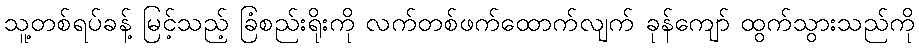
သူ့တစ်ရပ်ခန့် မြင့်သည့် ခြံစည်းရိုးကို လက်တစ်ဖက်ထောက်လျက် ခုန်ကျော် ထွက်သွားသည်ကို